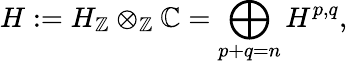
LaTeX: H:=H_{\mathbb{Z}}\otimes_{\mathbb{Z}}\mathbb{C}=\bigoplus_{p+q=n}H^{p,q},